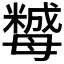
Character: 𣫿